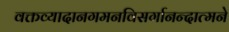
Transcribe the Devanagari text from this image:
वक्तव्यादानगमनविसर्गानन्दात्मने